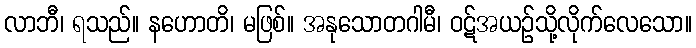
လာဘီ၊ ရသည်။ နဟောတိ၊ မဖြစ်။ အနုသောတဂါမီ၊ ဝဋ်အယဉ်သို့လိုက်လေသော။